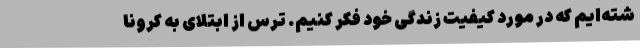
شته‌ایم که در مورد کیفیت زندگی خود فکر کنیم. ترس از ابتلای به کرونا